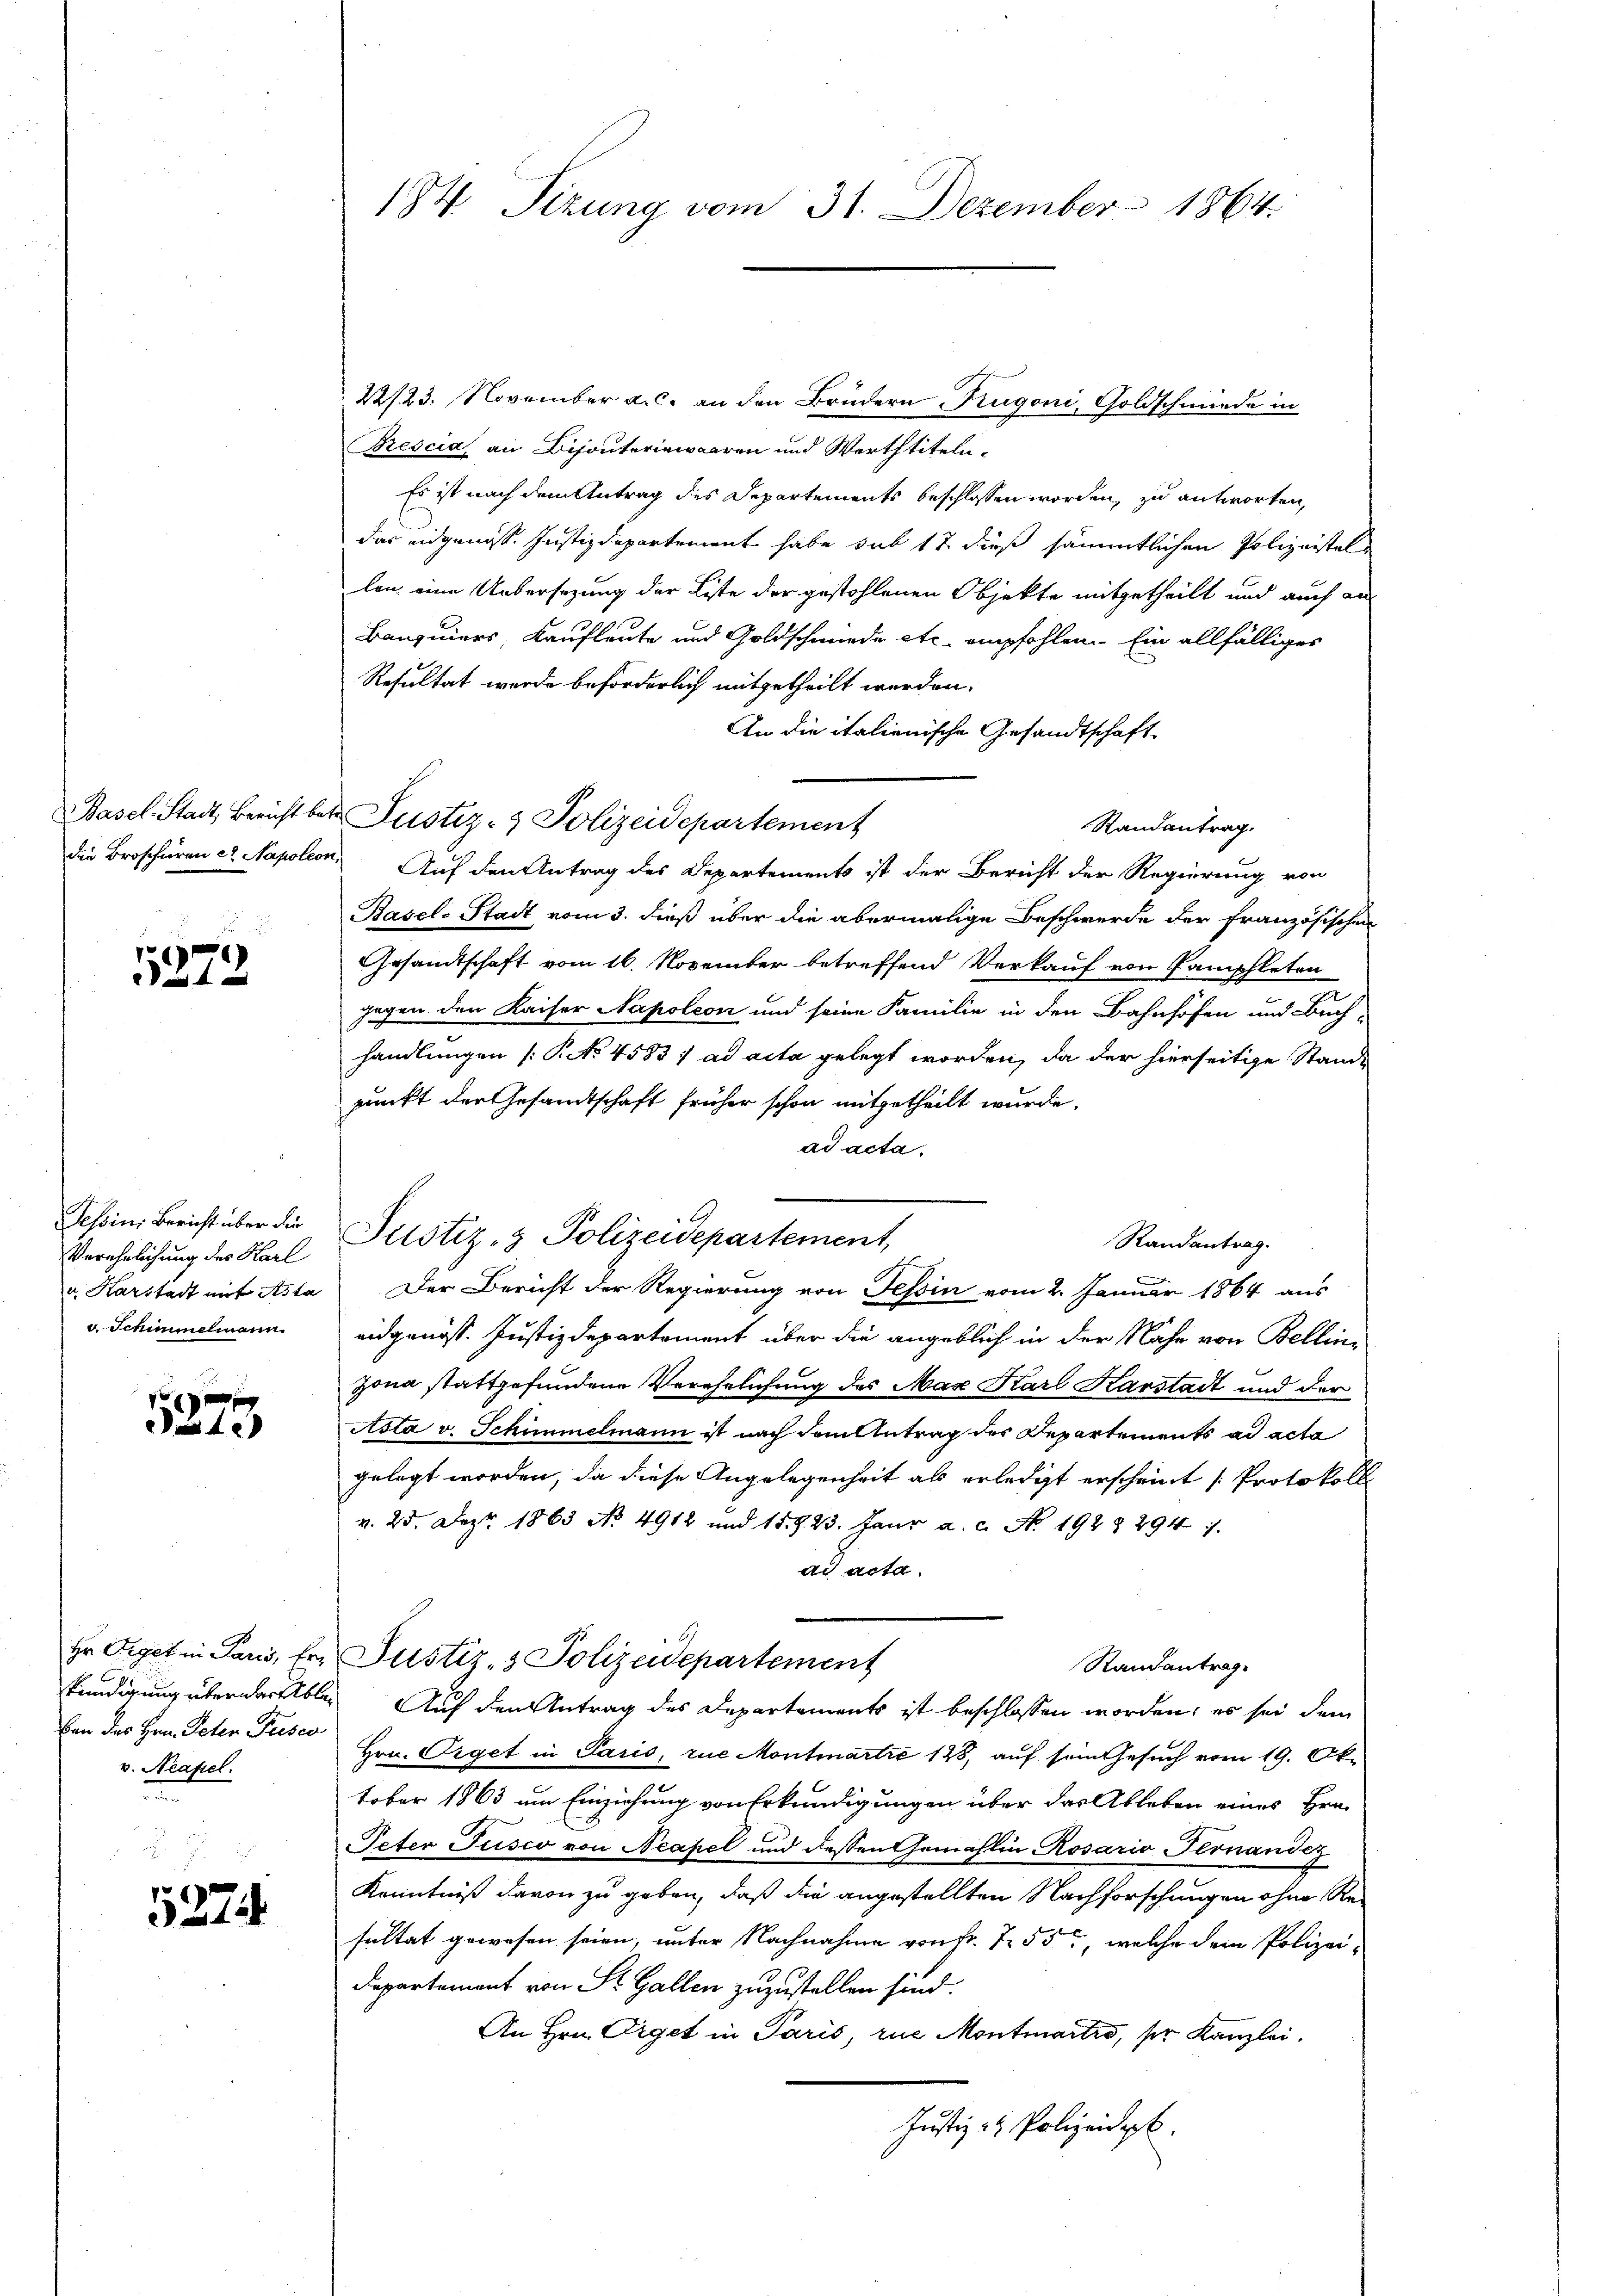
18
 4 x

Pesoins Bericht über die
Verehelichung des Harl
v. Karstadt mit Asta
v. Schimmelmann

5373

ben des Hrn. Peter Pusco
v. Neapel.

5274.

184. Sizung vom 31. Dezember 1864.

22/23. November a. c. an den Brüdern Kugoni, Goldschmiede in
Prescia an Bijouteriewaaren und Werttiteln.
Es ist nach dem Antrag des Departements beschlossen worden, zu antworten,
das eidgenöss. Justizdepartement habe sub 17 dieß sämmtlichen Polizeistel
lon eine Uebersezung der Liste der gestohlenen Objekte mitgetheilt und auch an
Banquiers Kaufleute und Goldschmiede etc. empfohlen. Ein allfälliges
Resultat wurde beförderlich mitgetheilt werden.
An die italienische Gesandtschaft
Basel-Stadt, Bericht betr. Justiz- & Polizeidepartement
Randantrag.
die Broschüren et. Napoleon Auf den Antrag des Departements ist der Bericht der Regierung von
Basel-Stadt vom 3. dieß über die abermalige Beschwerde der französischen
Gesandtschaft vom 16. November betreffend Verkauf von Pamphleten
g
gegen den Kaiser Napoleon und seine Familie in den Bahnhofen und Buch-
handlungen P. No 4583) ad acta gelegt worden, da der hierseitige Stande
punkt der Gesandtschaft früher schon mitgetheilt wurde.
ad acta.
Justiz- & Polizeidepartement,
Randantrag.
Der Bericht der Regierung von Tessin vom 2. Januar 1864 aus
eidgenöss. Justizdepartement über die angeblich in der Nähe von Bellinzona stattgefundene Verehelichung des Max Karl Karstadt und der
Asta v. Schimmelmann ist nach dem Antrag des Departements ad acta
gelegt worden, da diese Angelegenheit als erledigt erscheint (Protokoll
v. 25. Dez. 1863 No 4912 und 15. d. 23. Janr a. c. No. 192 § 294 f.
ad acta.
Hr. Orget in Paus, fr. Justiz- & Polizeidepartement
Randantrag
knadigung überdarttbler Auf den Antrag des Departements ist beschlossen worden; es sei dem
Hrn. Eiget in Paris, zue Montmartre 128, auf sein Gesuch vom 19. Oktober 1863 um Einziehung von Erkundigungen über das Ableben eines Hrn.
Peter Jusco von Neapel und dessen Gemahlin, Rosario Pernandez
Kenntniß davon zu geben, daß die angestellten Nachforschungen ohne Resultat gewesen seien, unter Nachnahme von Fr. 7. 55, welche dem Polizei¬
Departement von St. Gallen zuzustellen sind.
An Hrn. Orget in Paris, rue Montmartio, ser Kanzlei.
Justiz- & Polizeidigt.